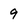
Character: 9